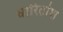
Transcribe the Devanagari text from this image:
धारितांश